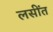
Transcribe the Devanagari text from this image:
लसींत